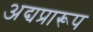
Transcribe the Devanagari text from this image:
अद्यप्रारूप